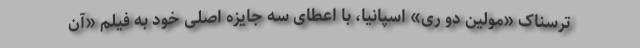
ترسناک «مولین دو ری» اسپانیا، با اعطای سه جایزه اصلی خود به فیلم «آن